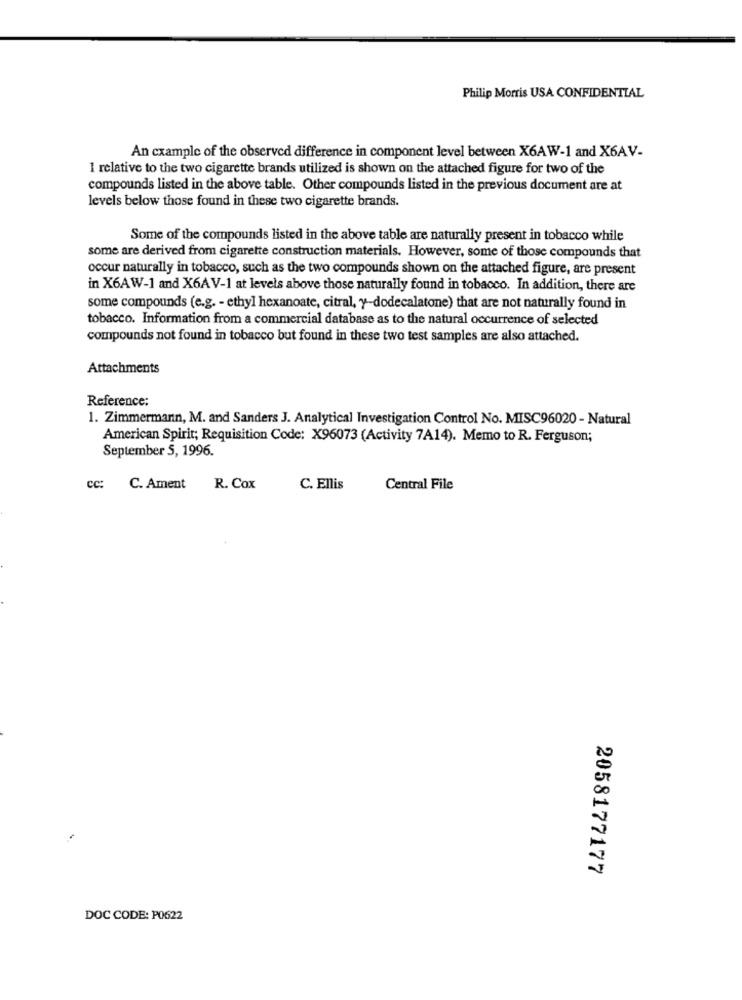
Philip Morris USA CONFIDENTIAL
An cxample of the observed difference in component level between X6AW-1 and X6AV-
1 relative to the two cigarette brands utilized is shown on the attached figure for two of the
compounds listed in the above table. Other compounds listed in the previous document are at
levels below those found in these two cigarette brands.
Some of the compounds listed in the above table are naturally present in tobacco while
some are derived from cigarette construction materials. However, some of those compounds that
occur naturally in tobacco, such as the two compounds shown on the attached figure, are present
in X6AW-1 and X6AV-1 at levels above those naturally found in tobacco. In addition, there are
some compounds (e.g. - ethyl hexanoate, citral, y-dodecalatone) that are not naturally found in
tobacco. Information from a commercial database as to the natural occurrence of selected
compounds not found in tobacco but found in these two test samples are also attached.
Attachments
Reference:
1. Zimmermann, M. and Sanders J. Analytical Investigation Control No. MISC96020 - Natural
American Spirit; Requisition Code: X96073 (Activity 7A14). Memo to R. Ferguson;
September 5, 1996.
cc: C. Ament
R. Cox
C. Ellis
Central File
2058177177
DOC CODE: P0622